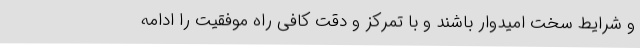
و شرایط سخت امیدوار باشند و با تمرکز و دقت کافی راه موفقیت را ادامه